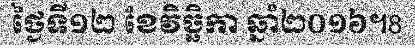
ថ្ងៃទី១២ ខែវិច្ឆិកា ឆ្នាំ២០១៦។8